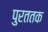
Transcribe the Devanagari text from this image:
पुरततक